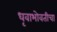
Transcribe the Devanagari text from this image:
धृवाभोवतीचा